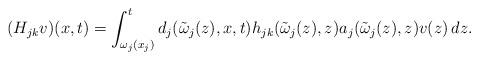
LaTeX: \begin{align*}(H_{jk}v)(x,t)=\int_{\omega_j(x_j)}^{t}d_{j}(\tilde{\omega}_{j}(z),x,t)h_{jk}(\tilde{\omega}_{j}(z),z)a_{j}(\tilde{\omega}_{j}(z),z)v(z)\, dz.\end{align*}